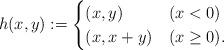
LaTeX: \begin{align*}h(x, y) := \begin{cases}(x, y) & (x < 0)\\(x, x+y) & (x \geq 0). \end{cases}\end{align*}